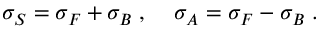
\sigma _ { S } = \sigma _ { F } + \sigma _ { B } \; , \; \; \; \; \sigma _ { A } = \sigma _ { F } - \sigma _ { B } \; .